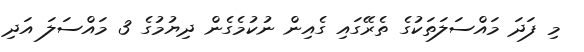
މި ފަދަ މައްސަލަތަކުގެ ތެރޭގައި ގެއިން ނުކުމެގެން ދިޔުމުގެ 3 މައްސަލަ އަދި